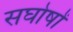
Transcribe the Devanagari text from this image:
सघोषों